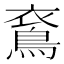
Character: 𪀰